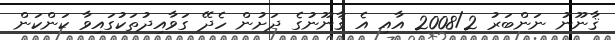
ޤާނޫނު ނަންބަރު 2008/2 އާއި އެ ޤާނޫނުގެ ދަށުން ހެދޭ ގަވާއިދުތަކުގައިވާ ކަންކަން